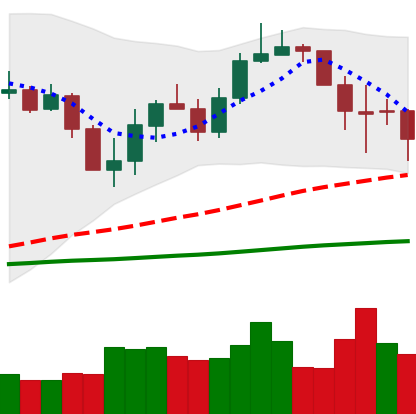
Ticker: LINK-USD
Chart end date: 2020-03-11
Forward return: -53.376%
Label: down_7plus